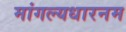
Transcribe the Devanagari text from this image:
मांगल्यधारनम